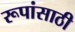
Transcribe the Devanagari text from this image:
रूपांसाठी